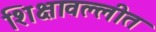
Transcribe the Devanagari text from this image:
शिक्षावल्लीत